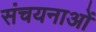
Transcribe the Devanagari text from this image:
संचयनाओं